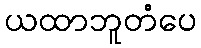
ယထာဘူတံပေ